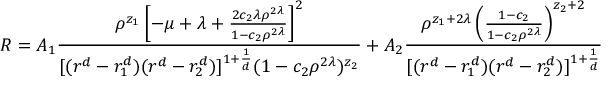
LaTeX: R = A _ { 1 } { \frac { \rho ^ { z _ { 1 } } \left[ - \mu + \lambda + { \frac { 2 c _ { 2 } \lambda \rho ^ { 2 \lambda } } { 1 - c _ { 2 } \rho ^ { 2 \lambda } } } \right] ^ { 2 } } { [ ( r ^ { d } - r _ { 1 } ^ { d } ) ( r ^ { d } - r _ { 2 } ^ { d } ) ] ^ { 1 + { \frac { 1 } { d } } } ( 1 - c _ { 2 } \rho ^ { 2 \lambda } ) ^ { z _ { 2 } } } } + A _ { 2 } { \frac { \rho ^ { z _ { 1 } + 2 \lambda } \left( { \frac { 1 - c _ { 2 } } { 1 - c _ { 2 } \rho ^ { 2 \lambda } } } \right) ^ { z _ { 2 } + 2 } } { [ ( r ^ { d } - r _ { 1 } ^ { d } ) ( r ^ { d } - r _ { 2 } ^ { d } ) ] ^ { 1 + { \frac { 1 } { d } } } } }